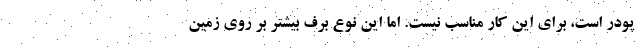
پودر است، برای این کار مناسب نیست. اما این نوع برف بیشتر بر روی زمین